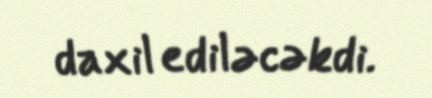
daxil ediləcəkdi.